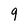
Character: 9